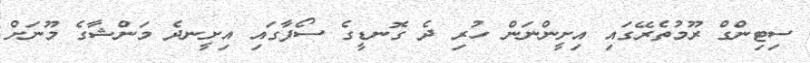
ސިޓިންގް ރޫމުތެރޭގައި އިށީންނަން ހުރި ދެ ގޮނޑީގެ ސޯފާގައި އިށީނދެ މަންޝާގެ މޫނަށް